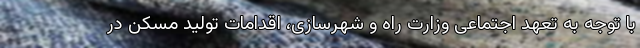
با توجه به تعهد اجتماعی وزارت راه و شهرسازی، اقدامات تولید مسکن در